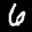
Label: 6